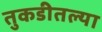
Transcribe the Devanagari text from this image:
तुकडीतल्या